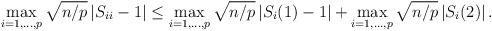
LaTeX: \begin{align*}\max_{i=1,\ldots,p} \sqrt{n/p} \, | S_{ii}-1 |\le\max_{i=1,\ldots,p} \sqrt{n/p} \, | S_i(1)-1 | + \max_{i=1,\ldots,p} \sqrt{n/p}\, | S_i(2) |\,.\end{align*}